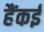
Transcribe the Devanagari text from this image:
हैंकई